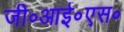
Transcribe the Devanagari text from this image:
जी॰आई॰एस॰